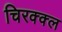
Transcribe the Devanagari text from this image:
चिरक्क्ल